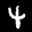
Label: 4